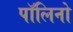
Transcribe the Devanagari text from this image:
पॉलिनो